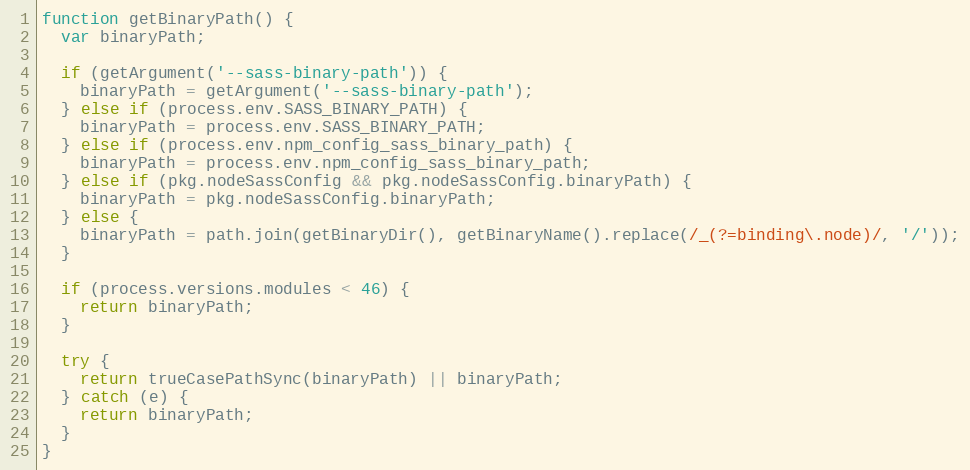
Language: JavaScript
function getBinaryPath() {
  var binaryPath;

  if (getArgument('--sass-binary-path')) {
    binaryPath = getArgument('--sass-binary-path');
  } else if (process.env.SASS_BINARY_PATH) {
    binaryPath = process.env.SASS_BINARY_PATH;
  } else if (process.env.npm_config_sass_binary_path) {
    binaryPath = process.env.npm_config_sass_binary_path;
  } else if (pkg.nodeSassConfig && pkg.nodeSassConfig.binaryPath) {
    binaryPath = pkg.nodeSassConfig.binaryPath;
  } else {
    binaryPath = path.join(getBinaryDir(), getBinaryName().replace(/_(?=binding\.node)/, '/'));
  }

  if (process.versions.modules < 46) {
    return binaryPath;
  }

  try {
    return trueCasePathSync(binaryPath) || binaryPath;
  } catch (e) {
    return binaryPath;
  }
}